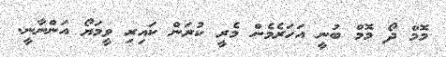
މޮމް ދޯ މޮމް ބުނީ އަހަރެމެން މެރީ ކުރަން ކައިރި ވީމަޔޯ އަންނާނީ.